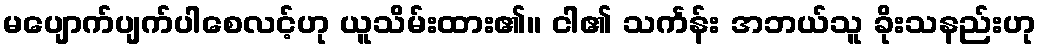
မပျောက်ပျက်ပါစေလင့်ဟု ယူသိမ်းထား၏။ ငါ၏ သင်္ကန်း အဘယ်သူ ခိုးသနည်းဟု